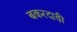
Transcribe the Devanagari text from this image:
बकरदाढ़ी